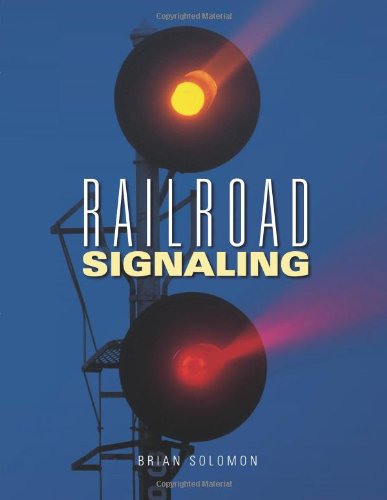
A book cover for Railroad Signaling; Brian Solomon; Arts & Photography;